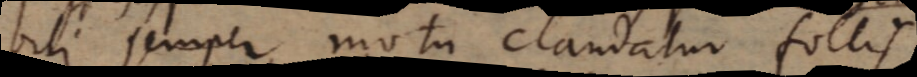
bili semper motu claudatur follis.